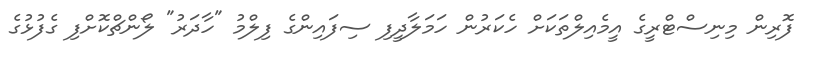
ފޮރިން މިނިސްޓްރީގެ އީމެއިލްތަކަށް ހެކަރުން ހަމަލާދީފި ސިފައިންގެ ފިލްމު "ހާދަރު" ލޯންޗްކޮށްފި ގެފުޅުގެ